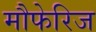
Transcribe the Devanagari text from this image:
मौफेरिज